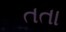
તતા